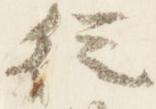
従